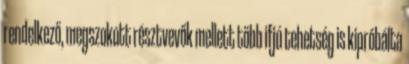
rendelkező, megszokott résztvevők mellett több ifjú tehetség is kipróbálta